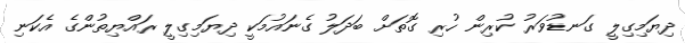
ދިޔަމިގިލީ ގަނޑުވަރު ކުރިން ހުރި ގޮތަށް ބަދަލު ގެނައުމަކީ ދިޔަމިގިލީ ރައްޔިތުންގެ އެކަނި